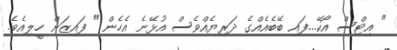
" އިޓްސް އޯކޭ...ފައި ބޭބެއެއްގެ ދަރިޔެއްވެސް އުޅޭނެ އެހެން " ފައިޒަން ހީލިއެވެ.